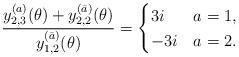
LaTeX: \begin{align*} \frac{ y^{(a)}_{2,3}(\theta) + y^{(\bar{a})}_{2,2}(\theta)}{y^{(\bar{a})}_{1,2}(\theta)} = \begin{cases} 3i& a=1, \\ -3i& a=2 . \end{cases}\end{align*}